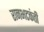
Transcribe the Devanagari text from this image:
रानभटकंती